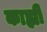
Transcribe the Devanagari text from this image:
काह्यी